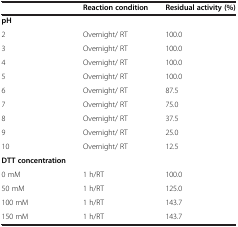
<table><thead><tr><td>[EMPTY_CELL]</td><td><b>Reaction condition</b></td><td><b>Residual activity (%)</b></td></tr></thead><tbody><tr><td><b>pH</b></td><td>[EMPTY_CELL]</td><td>[EMPTY_CELL]</td></tr><tr><td>2</td><td>Overnight/ RT</td><td>100.0</td></tr><tr><td>3</td><td>Overnight/ RT</td><td>100.0</td></tr><tr><td>4</td><td>Overnight/ RT</td><td>100.0</td></tr><tr><td>5</td><td>Overnight/ RT</td><td>100.0</td></tr><tr><td>6</td><td>Overnight/ RT</td><td>87.5</td></tr><tr><td>7</td><td>Overnight/ RT</td><td>75.0</td></tr><tr><td>8</td><td>Overnight/ RT</td><td>37.5</td></tr><tr><td>9</td><td>Overnight/ RT</td><td>25.0</td></tr><tr><td>10</td><td>Overnight/ RT</td><td>12.5</td></tr><tr><td><b>DTT concentration</b></td><td>[EMPTY_CELL]</td><td>[EMPTY_CELL]</td></tr><tr><td>0 mM</td><td>1 h/RT</td><td>100.0</td></tr><tr><td>50 mM</td><td>1 h/RT</td><td>125.0</td></tr><tr><td>100 mM</td><td>1 h/RT</td><td>143.7</td></tr><tr><td>150 mM</td><td>1 h/RT</td><td>143.7</td></tr></tbody></table>